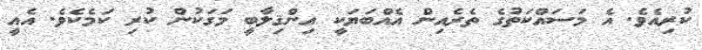
ކުރިއެވެ. އެ މަސައްކަތުގެ ތެރެއިން އެއްބަޔަކީ އިންޤިލާބީ މަގަކުން ކުރި ކަމެކެވެ. އެއީ